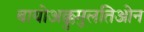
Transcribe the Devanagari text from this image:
बायोअक्कुमुलतिओन